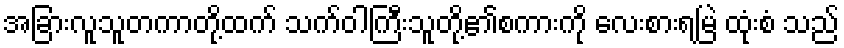
အခြားလူသူတကာတို့ထက် သက်ဝါကြီးသူတို့၏စကားကို လေးစားရမြဲ ထုံးစံ သည်